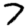
Digit: 7